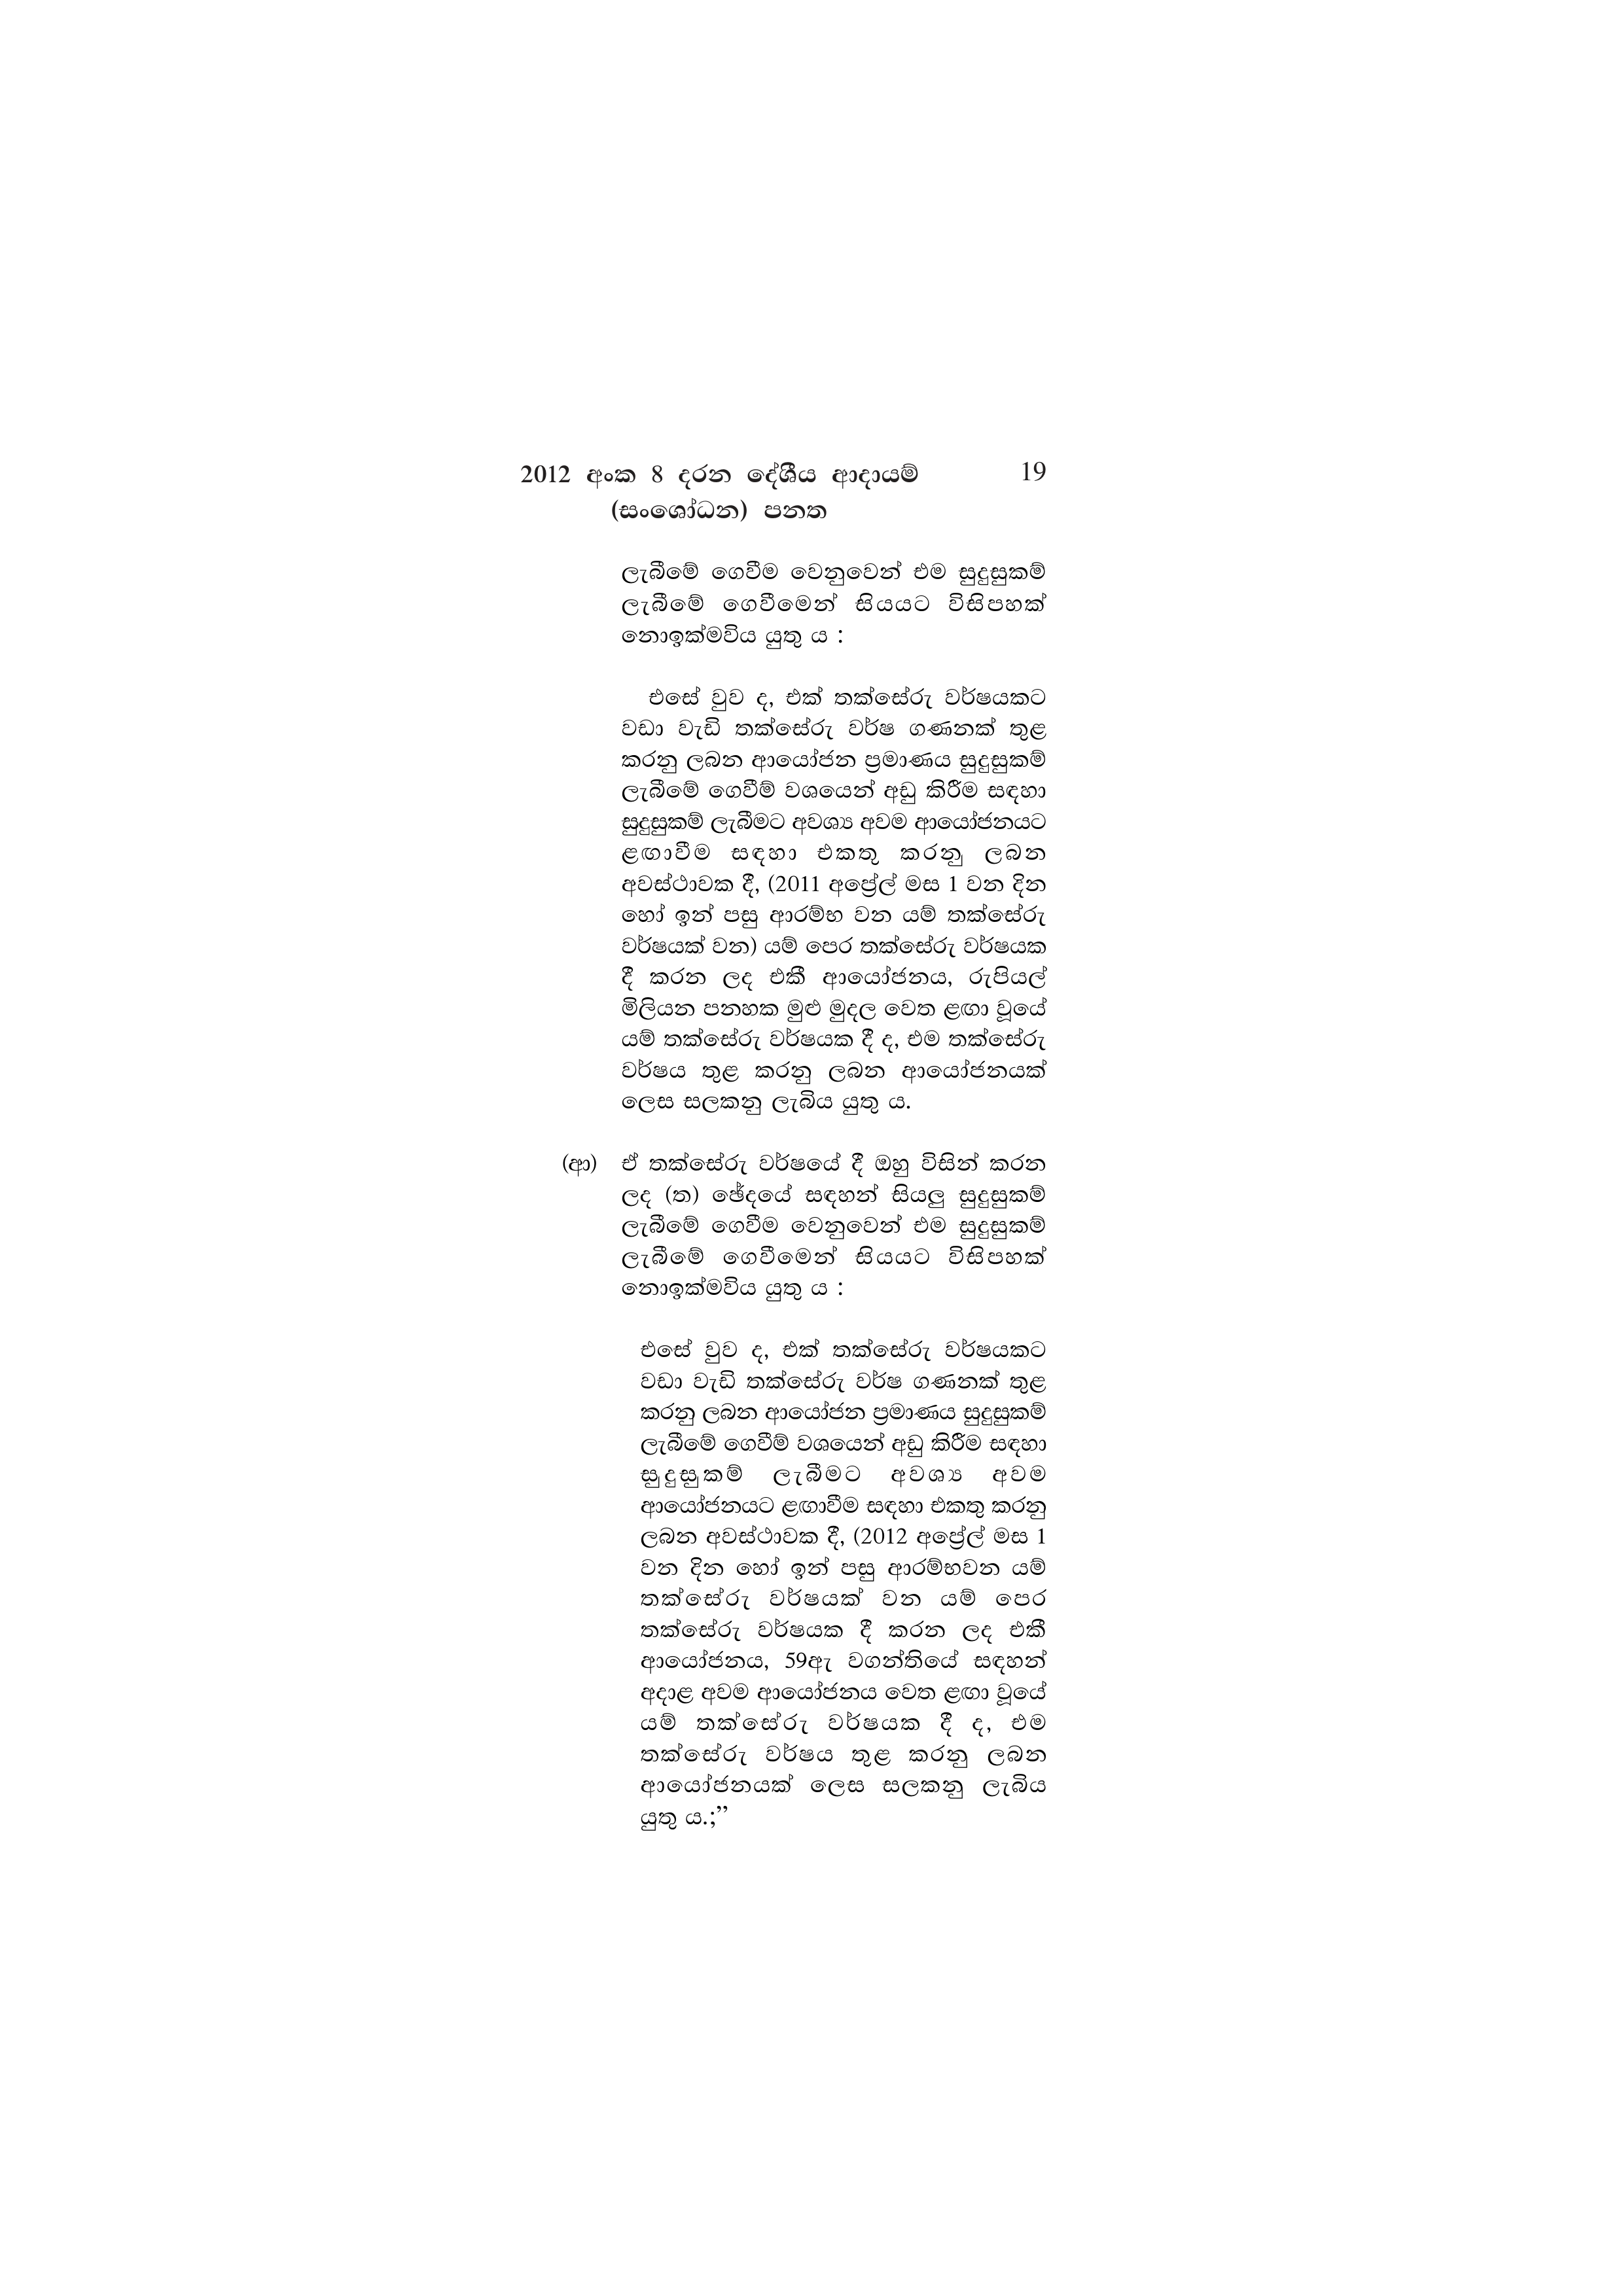
2012 අංක 8 දරන දේශීය ආදායම් 19
(සංශෝධන) පනත

ලැබීමේ ගෙවීම වෙනුවෙන් එම සුදුසුකම්
ලැබීමේ_ගෙවීමෙන් සියයට විසිපහක්
නොඉක්මවිය යුතු ය :

එසේ වුව ද, එක් තක්සේරු වර්ෂයකට
වඩා වැඩි තක්සේරු වර්ෂ ගණනක් තුළ
කරනු ලබන ආයෝජන ප්‍රමාණය සුදුසුකම්
ලැබීමේ ගෙවීම් වශයෙන් අඩු කිරීම සඳහා
සුදුසුකම් ලැබීමට අවශ්‍ය අවම ආයෝජනයට
ළඟාවීම සඳහා එකතූ කරනු ලබන
අවස්ථාවක දී, (2011 අප්‍රේල් මස 1 වන දින
හෝ ඉන් පසු ආරම්භ වන යම් තක්සේරු
වර්ෂයක් වන) යම් පෙර තක්සේරු වර්ෂයක
දී කරන ලද එකී ආයෝජනය, රුපියල්
මිලියන පනහක මුළු මුදල වෙත ළඟා වූයේ
යම් තක්සේරු වර්ෂයක දී ද, එම තක්සේරු
වර්ෂය තුළ කරනු ලබන ආයෝජනයක්
ලෙස සලකනු ලැබිය යුතු ය.

(ආ) ඒ තක්සේරු වර්ෂයේ දී ඔහු විසින් කරන
ලද (ත) ඡේදයේ සඳහන් සියලු සුදුසුකම්
ලැබීමේ ගෙවීම වෙනුවෙන් එම සුදුසුකම්
ලැබීමේ ගෙවීමෙන් සියයට විසිපහක්
නොඉක්මවිය යුතු ය :

එසේ වුව ද, එක් තක්සේරු වර්ෂයකට
වඩා වැඩි තක්සේරු වර්ෂ ගණනක් තුළ
කරනු ලබන ආයෝජන ප්‍රමාණය සුදුසුකම්
ලැබීමේ ගෙවීම් වශයෙන් අඩු කිරීම සඳහා
සුදුසුකම් ලැබීමට අවශ්‍ය – අවම
ආයෝජනයට ළඟාවීම සඳහා එකතු කරනු
ලබන අවස්ථාවක දී, (2012 අප්‍රේල් මස 1
වන දින හෝ ඉන් පසු ආරම්භවන යම්
තක්සේරු වර්ෂයක් වන යම් පෙර
තක්සේරු වර්ෂයක දී කරන ලද එකී
ආයෝජනය, 59ඇ වගන්තියේ සඳහන්
අදාළ අවම ආයෝජනය වෙත ළඟා වූයේ
යම් තක්සේරු වර්ෂයක දී ද, එම
තක්සේරු වර්ෂය තුළ කරනු ලබන
ආයෝජනයක් ලෙස සලකනු ලැබිය
යුතු ය.;”